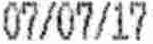
07/07/17